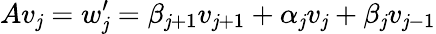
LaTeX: Av_{\mathit{j}}=w_{\mathit{j}}^{\prime}=\beta_{\mathit{j}+1}v_{\mathit{j}+1}+\alpha_{\mathit{j}}v_{\mathit{j}}+\beta_{\mathit{j}}v_{\mathit{j}-1}